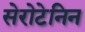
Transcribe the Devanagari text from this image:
सेरोटेनिन